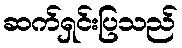
ဆက်ရှင်းပြသည်